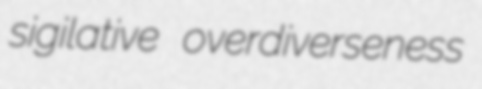
sigilative overdiverseness